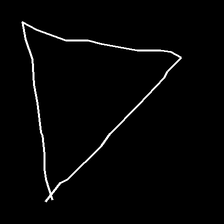
Glyph: convergence